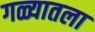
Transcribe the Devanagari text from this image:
गळ्यातला